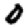
Digit: 0